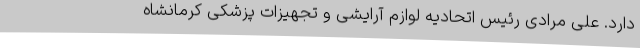
دارد. علی مرادی رئیس اتحادیه لوازم آرایشی و تجهیزات پزشکی کرمانشاه